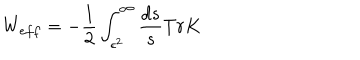
W _ { e f f } = - { \frac { 1 } { 2 } } \int _ { \epsilon ^ { 2 } } ^ { \infty } { \frac { d s } { s } } T r K